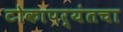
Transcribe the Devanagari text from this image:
टोकापर्यंतचा